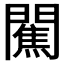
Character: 𨶲